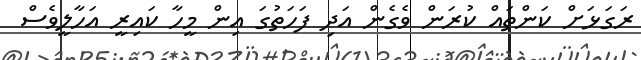
ރަގަޅަށް ކަންތައް ކުރަން ވެގެން އަދި ފަހަތުގަ އިން މީހާ ކައިރީ އަހާލީވެސް